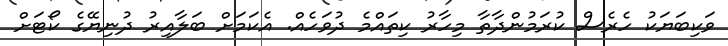
ވަކިބަޔަކު ހެރެސް ކުރަމުންދާތާ މިހާރު ކިތައްމެ ދުވަހެއް. އެކަމަށް ބަލާއިރު ދުނިޔޭގެ ކޯޓަށް